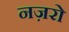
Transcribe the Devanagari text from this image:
नज़रो